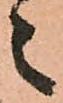
々